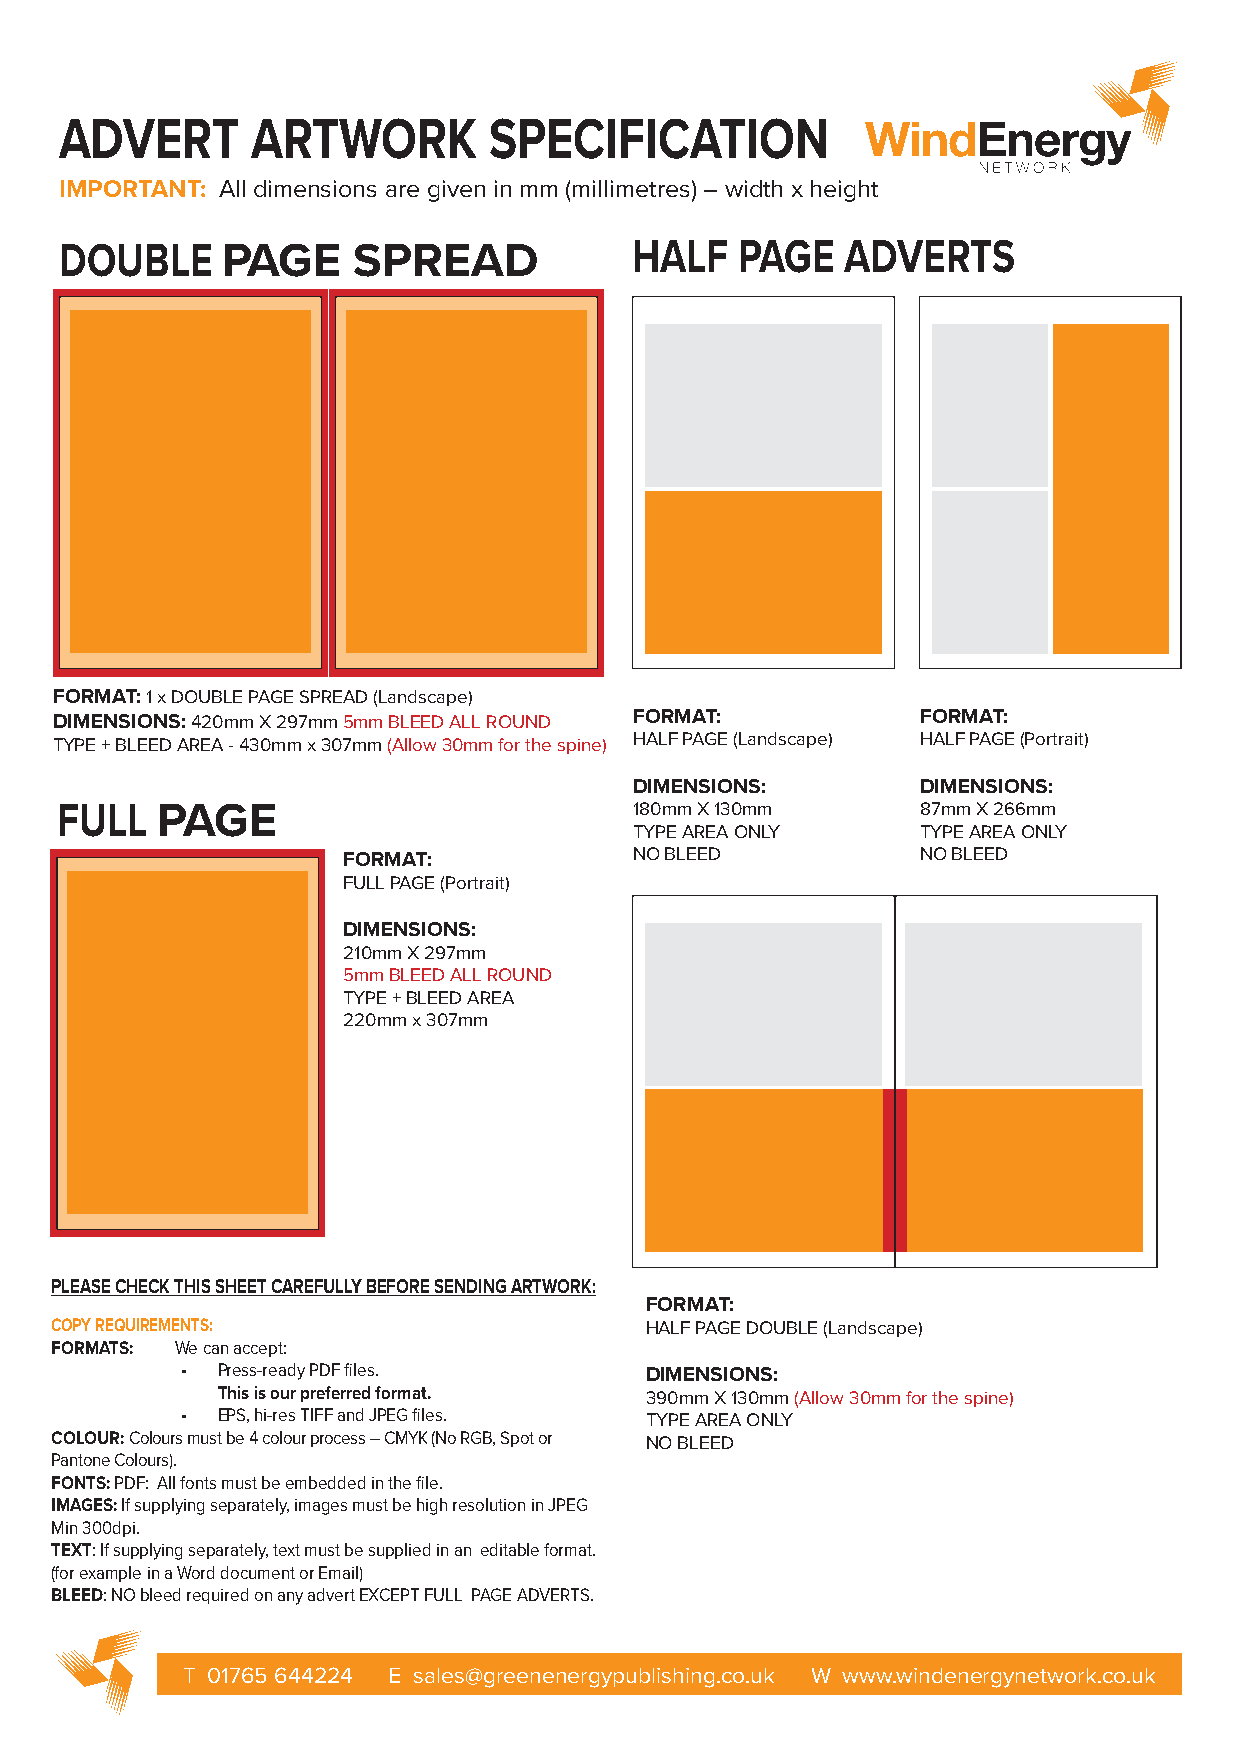
ADVERT       ARTWORK        SPECIFICATION
 IMPORTANT: All dimensions are given in mm (millimetres) – width x height
 DOUBLE     PAGE    SPREAD             HALF   PAGE   ADVERTS
 FORMAT: 1 x DOUBLE PAGE SPREAD (Landscape)
 DIMENSIONS: 420mm X 297mm 5mm BLEED ALL ROUND FORMAT:    FORMAT:
 TYPE + BLEED AREA - 430mm x 307mm (Allow 30mm for the spine) HALF PAGE (Landscape) HALF PAGE (Portrait)
 DIMENSIONS:        DIMENSIONS:
 FULL  PAGE                            180mm X 130mm      87mm X 266mm
 TYPE AREA ONLY     TYPE AREA ONLY
 FORMAT:            NO BLEED           NO BLEED
 FULL PAGE (Portrait)
 DIMENSIONS:
 210mm X 297mm
 5mm BLEED ALL ROUND
 TYPE + BLEED AREA
 220mm x 307mm
 PLEASE CHECK THIS SHEET CAREFULLY BEFORE SENDING ARTWORK:
 FORMAT:
 COPY REQUIREMENTS:                      HALF PAGE DOUBLE (Landscape)
 FORMATS: We can accept:
 • Press-ready PDF files.       DIMENSIONS:
 This is our preferred format. 390mm X 130mm (Allow 30mm for the spine)
 • EPS, hi-res TIFF and JPEG files. TYPE AREA ONLY
 COLOUR: Colours must be 4 colour process – CMYK (No RGB, Spot or NO BLEED
 Pantone Colours).
 FONTS: PDF: All fonts must be embedded in the file.
 IMAGES: If supplying separately, images must be high resolution in JPEG
 Min 300dpi.
 TEXT: If supplying separately, text must be supplied in an editable format.
 (for example in a Word document or Email)
 BLEED: NO bleed required on any advert EXCEPT FULL PAGE ADVERTS.
 T 01765 644224 E sales@greenenergypublishing.co.uk W www.windenergynetwork.co.uk